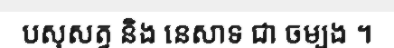
បសុសត្វ និង នេសាទ ជា ចម្បង ។